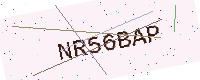
Text: NR56BAP